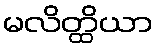
မလိတ္ထိယာ